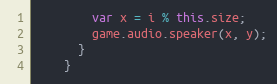
Language: JavaScript
        var x = i % this.size;
        game.audio.speaker(x, y);
      }
    }